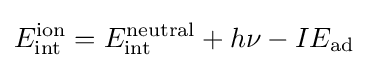
E_{\text{int}}^{\text{ion}}=E_{\text{int}}^{\text{neutral}}+h\nu -IE_{\text{ad}}